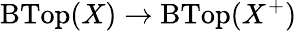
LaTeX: \operatorname{BTop}(X)\to\operatorname{BTop}(X^{+})